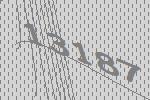
13187